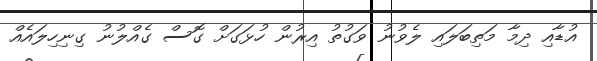
އުޑާއި ދިމާ މަތިބަލައި ލެވުނު ވަގުތު އިރުން ހުޅަގަށް ގޮސް ގެއްލުނު ގިނިހިލައެއް